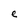
Character: e